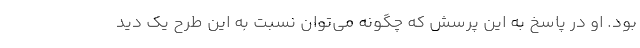
بود. او در پاسخ به این پرسش که چگونه می‌توان نسبت به این طرح یک دید